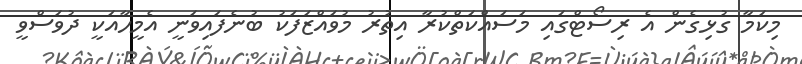
މިކަމާ ގުޅިގެން އެ ރިސޯޓްގައި މަސައްކަތްކުރާ އިތުރު މުވައްޒަފަކު ބުނެފައިވަނީ އެމީހާއަކީ ދުވަސްވީ